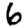
Digit: 6